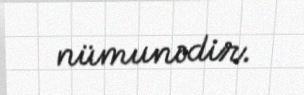
nümunədir.